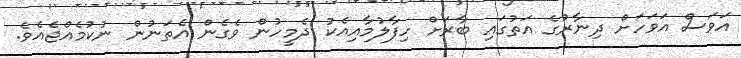
އަވަސް އަވަހަށް ދިނާރުގެ އަތުގައި ބާރަށް ހިފާލުމާއިއެކު ދެމީހުން ވެގެން އެތަނުން ނުކުމެއްޖެއެވެ.